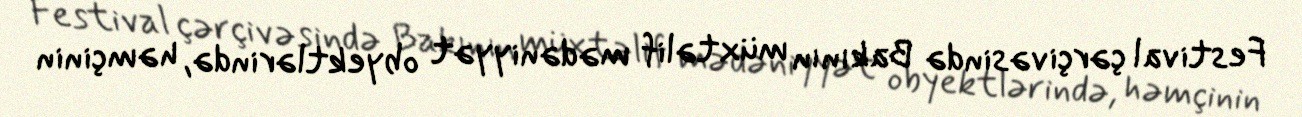
Festival çərçivəsində Bakının müxtəlif mədəniyyət obyektlərində, həmçinin